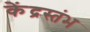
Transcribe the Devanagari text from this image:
केंद्रस्तंभ